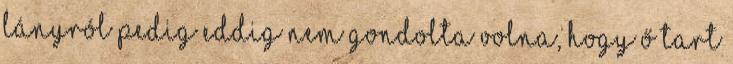
lányról pedig eddig nem gondolta volna, hogy ő tart